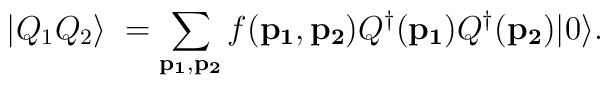
|Q_1 Q_2\rangle \; = \sum_{ {\bf p_1},{\bf p_2}} f( {\bf p_1},{\bf p_2} ) Q^\dagger({\bf p_1}) Q^\dagger({\bf p_2}) |0\rangle.